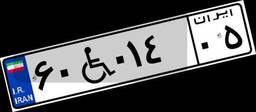
۶۲W۲۸۷۳۱